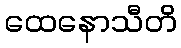
ထေနောသီတိ